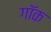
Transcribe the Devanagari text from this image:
गॉक